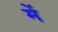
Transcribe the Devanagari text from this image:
में